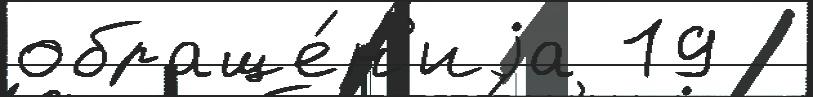
обраще́н'иjа 19